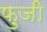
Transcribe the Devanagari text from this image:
फ़ुजी